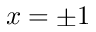
x = \pm 1